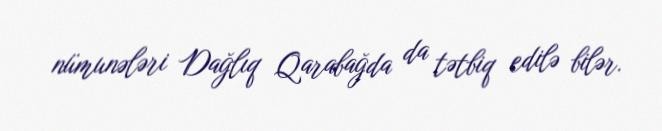
nümunələri Dağlıq Qarabağda da tətbiq edilə bilər.